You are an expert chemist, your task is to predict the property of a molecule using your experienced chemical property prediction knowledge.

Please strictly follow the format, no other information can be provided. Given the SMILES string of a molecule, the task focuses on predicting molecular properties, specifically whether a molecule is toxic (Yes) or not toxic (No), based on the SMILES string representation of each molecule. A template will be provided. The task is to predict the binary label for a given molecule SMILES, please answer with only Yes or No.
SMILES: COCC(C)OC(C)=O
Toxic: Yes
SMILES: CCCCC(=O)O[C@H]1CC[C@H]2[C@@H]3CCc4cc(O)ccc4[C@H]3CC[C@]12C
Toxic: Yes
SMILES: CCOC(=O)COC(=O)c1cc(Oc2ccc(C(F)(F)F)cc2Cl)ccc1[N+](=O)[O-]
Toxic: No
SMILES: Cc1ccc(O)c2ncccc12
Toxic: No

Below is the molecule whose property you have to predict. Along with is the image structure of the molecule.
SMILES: O=S(=O)([O-])c1ccc2ccccc2c1
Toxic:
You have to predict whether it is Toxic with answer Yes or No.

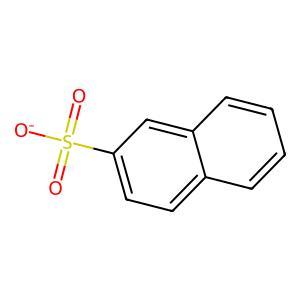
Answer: No